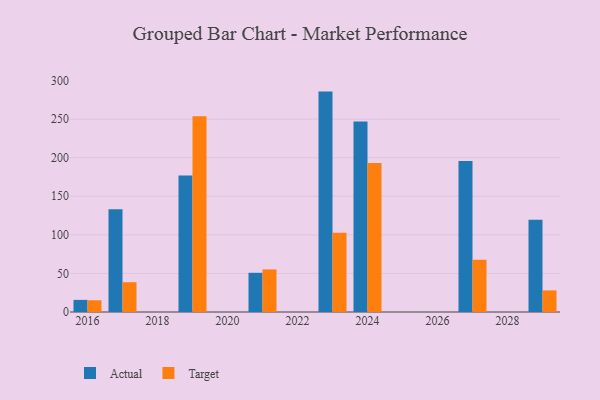
{"axis": {"x": "Year", "y": "Headcount"}, "legend": ["Actual", "Target"], "data": [{"x": "2027", "y": 195.8, "type": "Actual"}, {"x": "2027", "y": 67.7, "type": "Target"}, {"x": "2019", "y": 177.1, "type": "Actual"}, {"x": "2019", "y": 253.7, "type": "Target"}, {"x": "2024", "y": 246.8, "type": "Actual"}, {"x": "2024", "y": 193.0, "type": "Target"}, {"x": "2023", "y": 285.7, "type": "Actual"}, {"x": "2023", "y": 102.7, "type": "Target"}, {"x": "2017", "y": 133.3, "type": "Actual"}, {"x": "2017", "y": 38.6, "type": "Target"}, {"x": "2021", "y": 50.8, "type": "Actual"}, {"x": "2021", "y": 55.2, "type": "Target"}, {"x": "2016", "y": 15.7, "type": "Actual"}, {"x": "2016", "y": 15.2, "type": "Target"}, {"x": "2029", "y": 119.7, "type": "Actual"}, {"x": "2029", "y": 28.0, "type": "Target"}]}